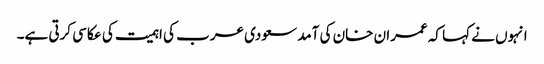
انہوں نے کہا کہ عمران خان کی آمد سعودی عرب کی اہمیت کی عکاسی کرتی ہے۔